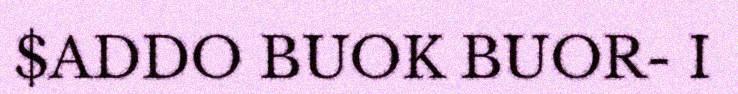
$ADDO BUOK BUOR- I